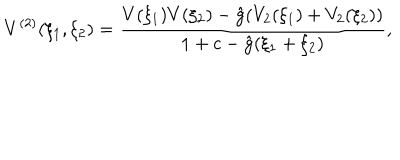
LaTeX: V ^ { ( 2 ) } ( \xi _ { 1 } , \xi _ { 2 } ) = \frac { V ( \xi _ { 1 } ) V ( \xi _ { 2 } ) - \hat { g } ( V _ { 2 } ( \xi _ { 1 } ) + V _ { 2 } ( \xi _ { 2 } ) ) } { 1 + c - \hat { g } ( \xi _ { 1 } + \xi _ { 2 } ) } ,